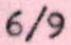
6/9